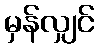
မှန်လျှင်